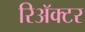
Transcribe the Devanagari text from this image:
रिअॅक्टर